Source: Handwritten
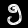
Digit: ၅ (5)